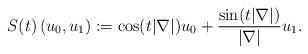
LaTeX: \begin{align*}S(t)\left(u_0, u_1\right):=\cos(t|\nabla|)u_0+\frac{\sin (t|\nabla|)}{|\nabla|}u_1.\end{align*}